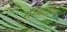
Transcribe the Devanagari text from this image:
माबाईल